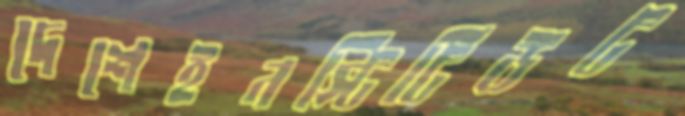
দেশেইনস্টিটিউট